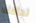
تجاهك